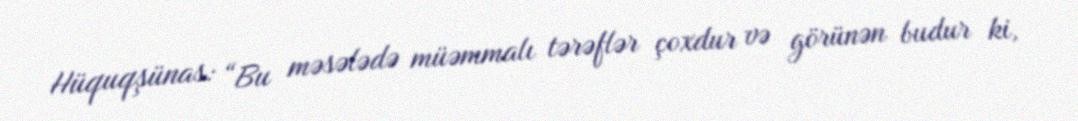
Hüquqşünas: “Bu məsələdə müəmmalı tərəflər çoxdur və görünən budur ki,